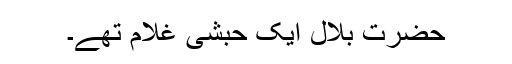
حضرت بلالؓ ایک حبشی غلام تھے۔